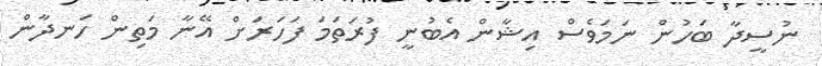
ނުސީދާ ބަހުން ނަމަވެސް އިޝާން އެބުނީ ފުރަތަމަ ފަހަރަށް އޭނާ މަތިން ހަނދާން